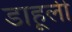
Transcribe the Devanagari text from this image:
डाहूली